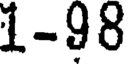
1-98